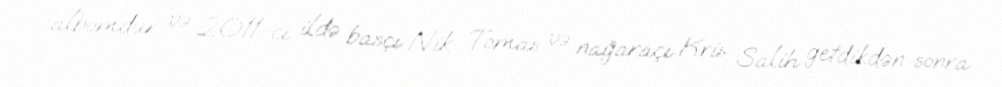
albomdur və 2011-ci ildə basçı Nik Tomas və nağaraçı Kris Salih getdikdən sonra